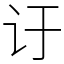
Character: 𬣙